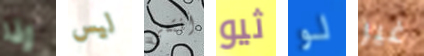
إذا ليس أنتمي ثيو لو غير